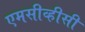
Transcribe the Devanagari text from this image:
एमसीव्हीसी